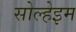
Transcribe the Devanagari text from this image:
सोल्हेइम